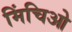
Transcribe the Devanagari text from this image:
मिंचिओ